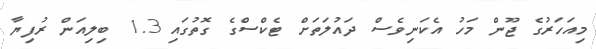
މިއަހަރުގެ ޖޫން މަހު އެކަނިވެސް ދައުލަތަށް ޓެކްސްގެ ގޮތުގައި 1.3 ބިލިއަން ރުފިޔާ